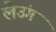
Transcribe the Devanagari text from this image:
लेउंग